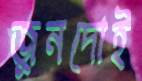
জুনদোই